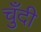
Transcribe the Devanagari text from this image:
चुँदी